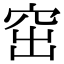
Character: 窋